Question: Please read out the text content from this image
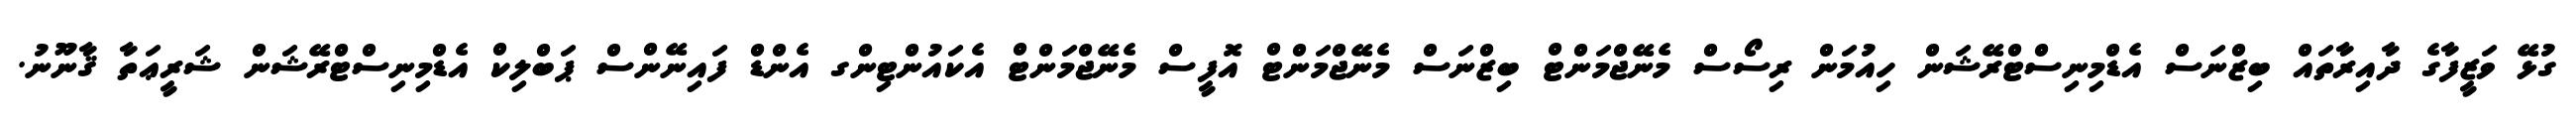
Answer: ގުޅޭ ވަޒީފާގެ ދާއިރާތައް ބިޒްނަސް އެޑްމިނިސްޓްރޭޝަން ހިއުމަން ރިސޯސް މެނޭޖްމަންޓް ބިޒްނަސް މެނޭޖްމަންޓް އޮފީސް މެނޭޖްމަންޓް އެކައުންޓިންގ އެންޑް ފައިނޭންސް ޕަބްލިކް އެޑްމިނިސްޓްރޭޝަން ޝަރީޢަތާ ޤާނޫނު.